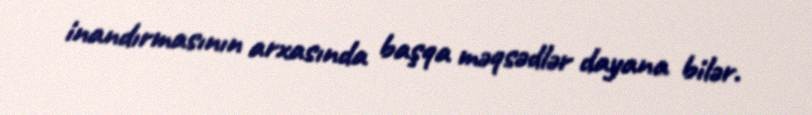
inandırmasının arxasında başqa məqsədlər dayana bilər.